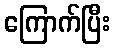
ကြောက်ပြီး